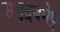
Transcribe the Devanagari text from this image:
समुद्रयमेषु